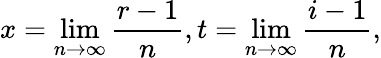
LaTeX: x=\operatorname*{lim}_{n\to\infty}\frac{r-1}{n},t=\operatorname*{lim}_{n\to\infty}\frac{i-1}{n},